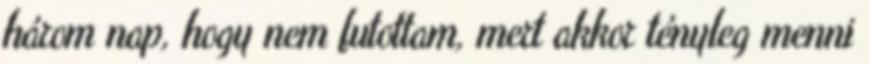
három nap, hogy nem futottam, mert akkor tényleg menni